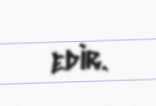
edir.